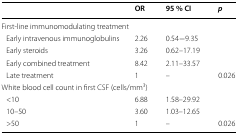
|  | OR | 95 % CI | p |
 | --- | --- | --- | --- |
 | <COLSPAN=4> First-line immunomodulating treatment |
 | Early intravenous immunoglobulins | 2.26 | 0.54−9.35 |  |
 | Early steroids | 3.26 | 0.62–17.19 |  |
 | Early combined treatment | 8.42 | 2.11–33.57 |  |
 | Late treatment | 1 | – | 0.026 |
 | <COLSPAN=4> White blood cell count in first CSF (cells/mm3) |
 | <10 | 6.88 | 1.58–29.92 |  |
 | 10–50 | 3.60 | 1.03–12.65 |  |
 | >50 | 1 | – | 0.026 |